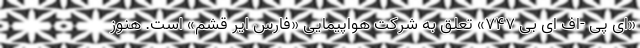
«ای پی -اف ای بی ۷۴۷» تعلق به شرکت هواپیمایی «فارس ایر قشم» است. هنوز